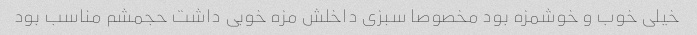
خیلی خوب و خوشمزه بود مخصوصا سبزی داخلش مزه خوبی داشت حجمشم مناسب بود